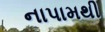
નાપામથી